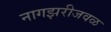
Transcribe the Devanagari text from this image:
नागझरीजवळ